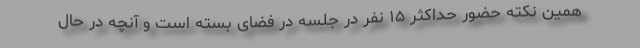
همین نکته حضور حداکثر ۱۵ نفر در جلسه در فضای بسته است و آنچه در حال